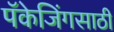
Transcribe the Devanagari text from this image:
पॅकेजिंगसाठी